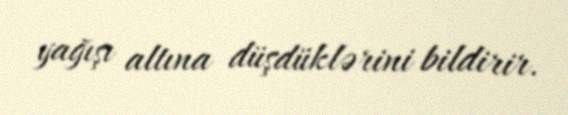
yağışı altına düşdüklərini bildirir.